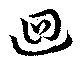
迴